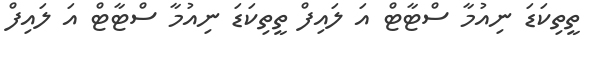
ތީތިކަޑަ ނިއުމާ ސްޓާޓް އަ ލައިފް ތީތިކަޑަ ނިއުމާ ސްޓާޓް އަ ލައިފް